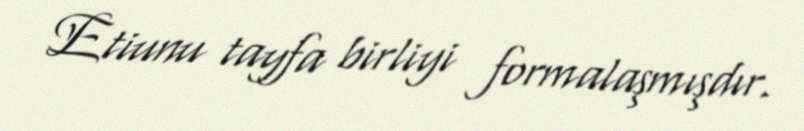
Etiunu tayfa birliyi formalaşmışdır.